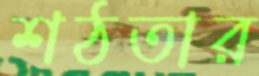
শঠতার